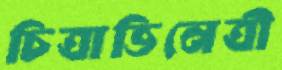
চিত্রাভিনেত্রী